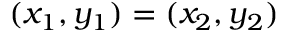
( x _ { 1 } , y _ { 1 } ) = ( x _ { 2 } , y _ { 2 } )